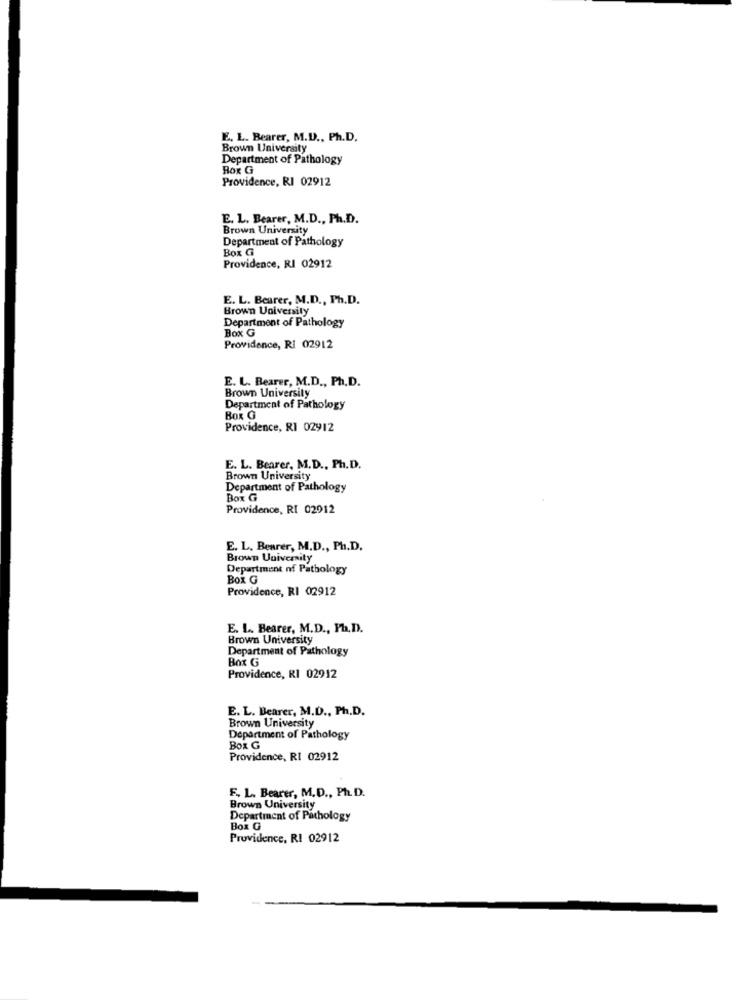
E. L. Bearer, M.D ., Ph.D.
Brown University
Department of Pathology
Box G
Providence, RI 02912
E. L. Bearer, M.D ., Ph.D.
Brown University
Department of Pathology
Box G
Providence, RI 02912
E. L. Bearer, M.D ., Ph.D.
Brown University
Box G
Department of Pathology
Providence, RI 02912
E. L. Bearer, M.D ., Ph.D.
Brown University
Department of Pathology
BOR G
Providence, RI 02912
E. L. Bearer, M.D ., Ph.D.
Brown University
Department of Pathology
Box G
Providence, RI 02912
E. L. Bearer, M.D ., Ph.D.
Brown University
Department nf Pathology
Box G
Providence, RI 02912
E. L. Bearer, M.D ., Ph.D).
Brown University
Department of Pathology
Box G
Providence, RI 02912
E. L. Bearer, M.D ., Ph.D.
Brown University
Department of Pathology
BOX G
Providence, RI 02912
F. L. Bearer, M.D ., Ph. D.
Brown University
Department of Pathology
Box G
Providence, RI 02912